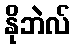
နိုဘဲလ်